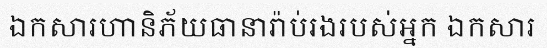
ឯកសារហានិភ័យធានារ៉ាប់រងរបស់អ្នក ឯកសារ